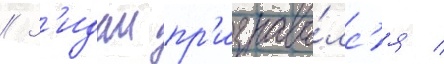
// З'идан пр'изнава́лс'я /